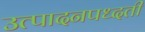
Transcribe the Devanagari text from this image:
उत्पादनपध्दती